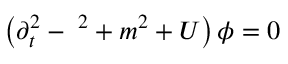
\left( { \partial } _ { t } ^ { 2 } - { \bf \nabla } ^ { 2 } + m ^ { 2 } + { \cal U } \right) \phi = 0